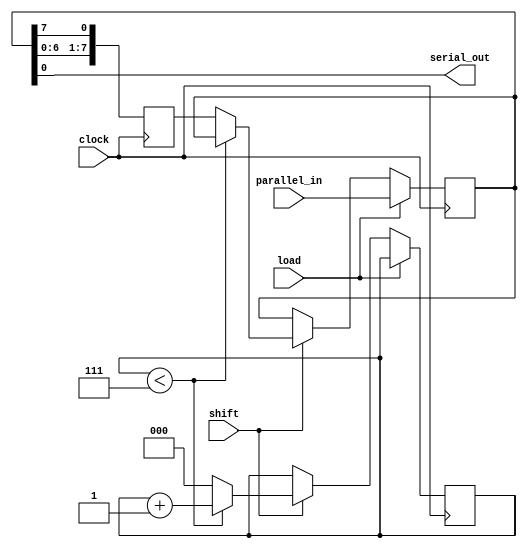
module ParallelInSerialOut(
    input [7:0] parallel_in,
    input shift,
    input load,
    input clock,
    output serial_out
);

reg [7:0] data;
reg [7:0] temp;
reg [2:0] counter;

always @(posedge clock) begin
    if (load) begin
        data <= parallel_in;
    end else begin
        if (shift) begin
            if (counter < 7) begin
                counter <= counter + 1;
            end else begin
                counter <= 0;
                data <= temp;
            end
        end
    end
end

assign serial_out = data[0];

always @(posedge clock) begin
    temp <= {data[6:0], data[7]};
end

endmodule